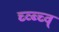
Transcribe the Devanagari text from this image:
च्व्ब्च्व्